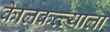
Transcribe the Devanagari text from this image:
केालकत्त्याला